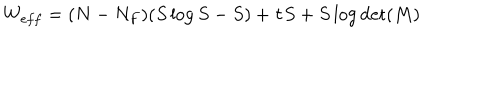
LaTeX: W _ { e f f } = ( N - N _ { F } ) ( S \log S - S ) + \tau S + S \log \det ( M )